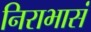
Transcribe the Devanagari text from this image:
निराभासं